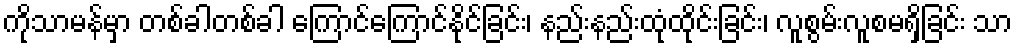
ကိုသာမန်မှာ တစ်ခါတစ်ခါ ကြောင်ကြောင်နိုင်ခြင်း၊ နည်းနည်းထုံထိုင်းခြင်း၊ လူစွမ်းလူစမရှိခြင်း သာ